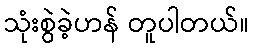
သုံးစွဲခဲ့ဟန် တူပါတယ်။